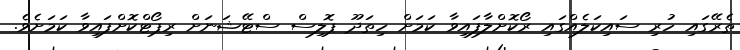
ތެރޭގައި ހުރި ސައިކަލެއްގައި ރޯކޮށްލާފައިވާ ކަމަށް ހިތަދޫ ޕޮލިސް ސްޓޭޝަނަށް ރިޕޯޓްކޮށްފައިވާ ކަމަށެވެ.